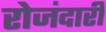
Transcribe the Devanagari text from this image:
रोजंदारी